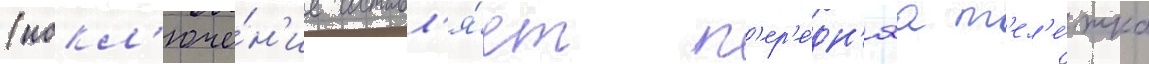
(искл'юче́н'ие составл'я́ет п'ер'е́дн'яа т'ел'е́жка